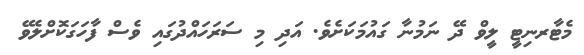
މެޓާރނިޓީ ލީވް ދޭ ނަމުނާ ގައުމަކަށެވެ. އަދި މި ސަރަހައްދުގައި ވެސް ފާހަގަކޮށްލެވޭ